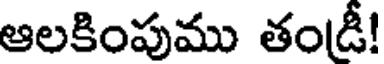
ఆలకింపుము తండీ!